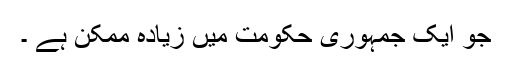
جو ایک جمہوری حکومت میں زیادہ ممکن ہے ۔